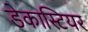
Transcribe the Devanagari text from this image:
डेकास्टियर